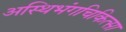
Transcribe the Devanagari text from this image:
अस्थिभंगचिकित्सा